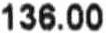
136.00